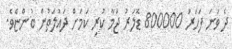
ދެ ވަނަ ފަހަރު 800000 ޑޮލަރު ޖަމާ ކުރި ކަމަށް ދައުލަތުން ބުންޏެވެ.